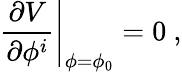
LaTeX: \left.\frac{\partial V}{\partial\phi^{i}}\right|_{\phi=\phi_{0}}=0~,